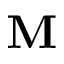
\mathbf { M }